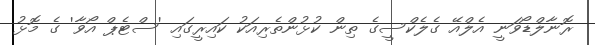
ރޮނާލްޑޯވަނީ އެލްއޭ ގެލެކްސީގެ ތިން ކުޅުންތެރިއަކު ކައިރީގައި 'ސްޓެޕް އޯވާ' ގެ މޮޅު